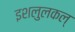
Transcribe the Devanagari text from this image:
इशलुलकल्